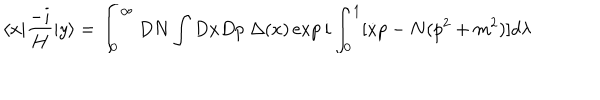
\langle x | \frac { - i } { H } | y \rangle = \int _ { 0 } ^ { \infty } D N \int D x D p \ \Delta ( x ) \exp { i \int _ { 0 } ^ { 1 } [ \dot { x } p - N ( p ^ { 2 } + m ^ { 2 } ) ] d \lambda }